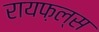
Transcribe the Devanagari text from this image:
रायफ़ल्स